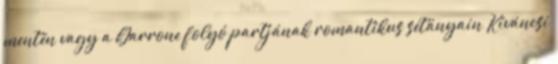
mentén vagy a Garrone folyó partjának romantikus sétányain Kíváncsi